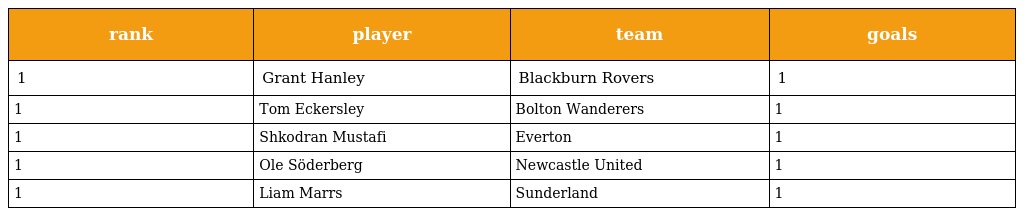
| rank | player | team | goals |
 | --- | --- | --- | --- |
 | 1 | Grant Hanley | Blackburn Rovers | 1 |
 | 1 | Tom Eckersley | Bolton Wanderers | 1 |
 | 1 | Shkodran Mustafi | Everton | 1 |
 | 1 | Ole Söderberg | Newcastle United | 1 |
 | 1 | Liam Marrs | Sunderland | 1 |